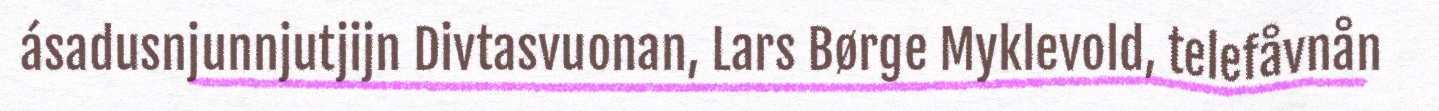
ásadusnjunnjutjijn Divtasvuonan, Lars Børge Myklevold, telefåvnån